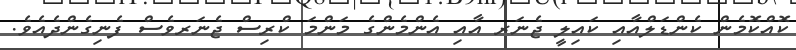
ކޮއްކޮމެން ކެންޑަލްއާއި ކައިލީ ޖެނަރ އާއި އެންމެންގެ މަންމަ ކްރިސް ޖެނަރވެސް ފެނިގެންދެއެވެ.